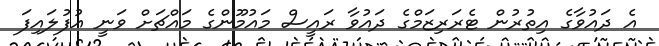
އެ ދައުވާގެ އިތުރުން ޓެރަރިޒަމްގެ ދައުވާ ރައީސް މައުމޫންގެ މައްޗަށް ވަނީ އުފުލައިފަ